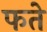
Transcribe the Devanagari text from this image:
फते